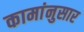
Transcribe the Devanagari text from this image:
कामांनुसार